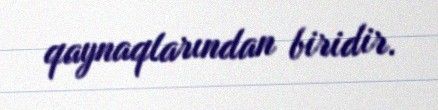
qaynaqlarından biridir.